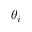
\theta _ { i }